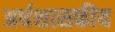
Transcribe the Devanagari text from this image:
अर्धशासकीय